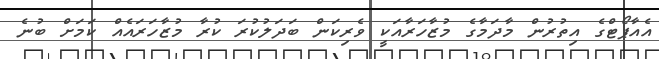
އެއާޕޯޓްގެ އިތުރުން މާދަމާގެ މުޒާހަރާއަކީ ވެރިކަން ބަދަލުކުރަ ކުރާ މުޒާހަރައެއް ކަމަށް ބުނެ